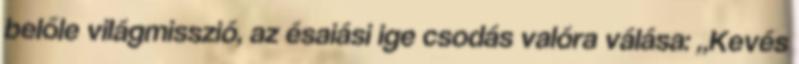
belőle világmisszió, az ésaiási ige csodás valóra válása: „Kevés